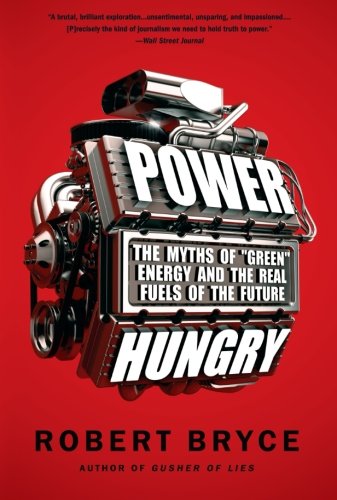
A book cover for Power Hungry: The Myths of "Green" Energy and the Real Fuels of the Future; Robert Bryce; Business & Money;